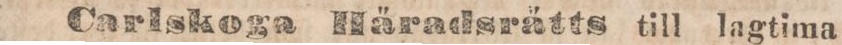
Carlskoga Häradsrätts till lagtima